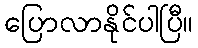
ပြောလာနိုင်ပါပြီ။